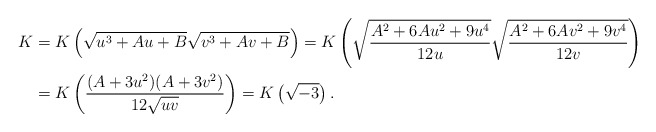
\begin{align*} K&=K\left(\sqrt{u^{3}+Au+B}\sqrt{v^{3}+Av+B}\right)=K\left(\sqrt{\frac{A^{2}+6Au^{2}+9u^{4}}{12u}}\sqrt{\frac{A^{2}+6Av^{2}+9v^{4}}{12v}}\right)\\ &=K\left(\frac{(A+3u^{2})(A+3v^{2})}{12\sqrt{uv}}\right)=K\left(\sqrt{-3}\right). \end{align*}